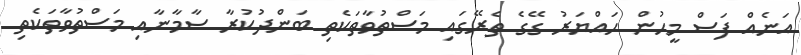
އަނެއް ފަސް މީހުން ހައްޔަރު ގޭގެ ތެރޭގައި މަސްތުވާތަކެތި ބަންދުކުރާ ސާމާނާއި މަސްތުވާތަކެތި